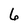
Character: 6